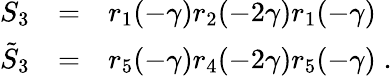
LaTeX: \begin{array}{rcl}{{S_{3}}}&{{=}}&{{r_{1}(-\gamma)r_{2}(-2\gamma)r_{1}(-\gamma)}}\\ {{\tilde{S}_{3}}}&{{=}}&{{r_{5}(-\gamma)r_{4}(-2\gamma)r_{5}(-\gamma)\; .}}\end{array}